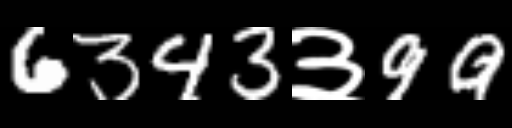
Text: 6343३99